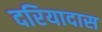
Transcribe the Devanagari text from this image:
दरियादास